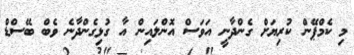
މި ކެމްޕޭން ކުރިޔަށް ގެންދާނީ އަވަސް އޮންލައިން އާ ގުޅިގެންދާނެ ވެބް ބޭސްޑް